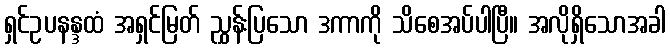
ရှင်ဥပနန္ဒထံ အရှင်မြတ် ညွှန်းပြသော ဒကာကို သိစေအပ်ပါပြီ။ အလိုရှိသောအခါ